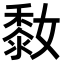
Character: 𪏮